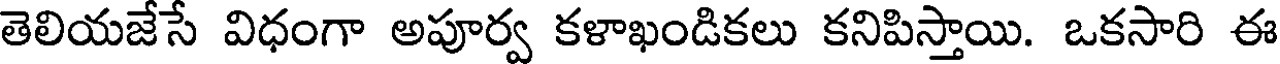
తెలియజేసే విధంగా అపూర్వ కళాఖండికలు కనిపిస్తాయి. ఒకసారి ఈ